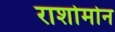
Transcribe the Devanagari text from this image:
राशोमोन